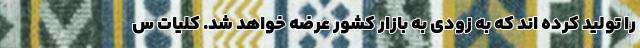
را تولید کرده اند که به زودی به بازار کشور عرضه خواهد شد. کلیات س